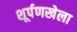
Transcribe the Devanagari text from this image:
शूर्पणखेला